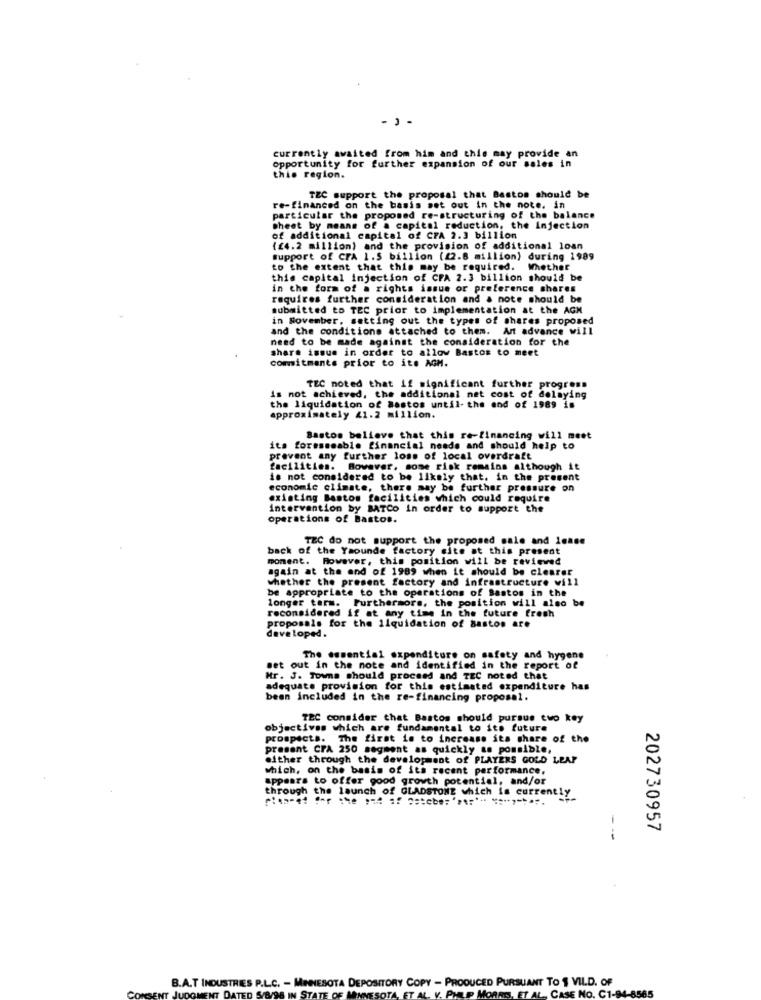
currently awaited from him and this may provide an
opportunity for further expansion of our sales in
this region.
TEC support the proposal that Bastos should be
re-financed on the basis set out in the note. in
particular the proposed re-structuring of the balance
sheet by means of a capital reduction, the Injection
of additional capital of CFA 2.3 billion
(24.2 million) and the provision of additional loan
support of CFA 1.5 billion (22.8 million) during 1989
to the extent that this may be required. Whether
this capital injection of CFA 2.3 billion should be
in the form of a rights issue or preference shares
requires further consideration and a note should be
submitted to TEC prior to implementation at the AGM
in November, setting out the types of shares proposed
and the conditions attached to them. Art advance will
need to be made against the consideration for the
share issue in order to allow Bastos to meet
commitments prior to its AGM.
TEC noted that if significant further progress
is not achieved, the additional net cost of delaying
the liquidation of Bastos until- the end of 1989 is
approximately 41.2 million.
Bastos believe that this re-financing will meet
its foreseeable financial needs and should help to
prevent any further loss of local overdraft
facilities. Bowaver, some risk remains although it
is not considered to be likely that. in the present
economic climate, there may be further pressure on
existing Bastos facilities which could require
intervention by BATCo in order to support the
operations of Bastos.
TEC do not support the proposed sale and lease
back of the Yaounde factory site at this present
moment. However, this position will be reviewed
again at the end of 1989 when it should be clearer
whether the present factory and infrastructure will
be appropriate to the operations of Bastos in the
longer term. Furthermore, the position will also be
reconsidered if at any time in the future fresh
proposals for the liquidation of Bastos are
developed .
The essential expenditure on safety and hygene
set out in the note and identified in the report of
Mr. J. Towns Should proceed and TEC noted that
adequate provision for this estimated expenditure has
been included in the re-financing proposal.
TEC consider that Bastos should pursue two key
objectives which are fundamental to its future
prospects. The first is to increase its share of the
present CPA 250 segment as quickly as possible,
either through the development of PLAYERS GOLD LEAF
which, on the basis of its recent performance.
appears to offer good growth potential, and/or
through the launch of GLADSTONE which is currently
202730957
--
B.A.T INDUSTRIES P.L.C. - MINNESOTA DEPOSITORY COPY - PRODUCED PURSUANT TO 1 VIL.D. OF
ORRIS, ET AL, CASE NO. C1-
T DATED S